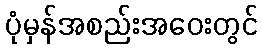
ပုံမှန်အစည်းအဝေးတွင်